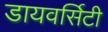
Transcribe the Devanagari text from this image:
डायवर्सिटी